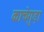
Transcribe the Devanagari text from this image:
काचेगुड़ा